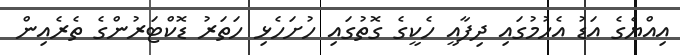
އިއްޔެގެ އަޑު އެހުމުގައި ދިފާއީ ހެކީގެ ގޮތުގައި ހުށަހެޅި ހަތަރު ޑޮކްޓަރުންގެ ތެރެއިން